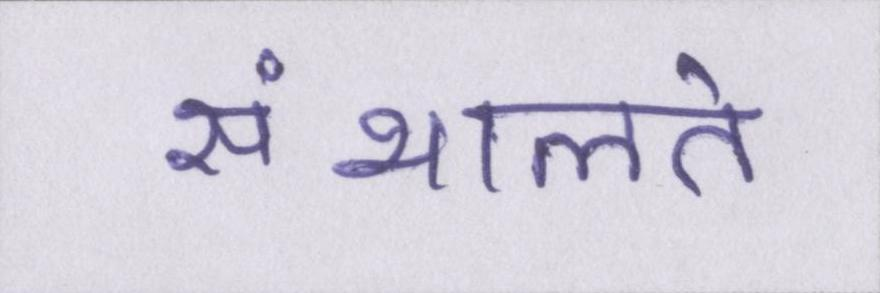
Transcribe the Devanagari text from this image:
संभालते